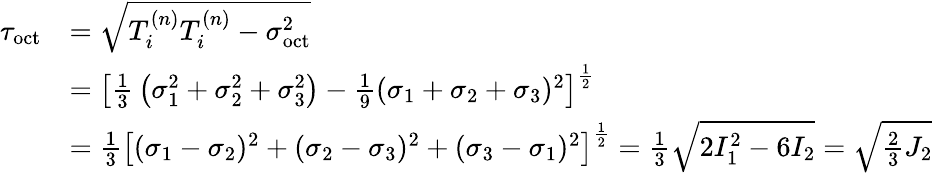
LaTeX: {\begin{array}{rl}{\tau_{\mathrm{oct}}}&{={\sqrt{T_{i}^{(n)}T_{i}^{(n)}-\sigma_{\mathrm{oct}}^{2}}}}\\ &{=\left[{\frac{1}{3}}\left(\sigma_{1}^{2}+\sigma_{2}^{2}+\sigma_{3}^{2}\right)-{\frac{1}{9}}(\sigma_{1}+\sigma_{2}+\sigma_{3})^{2}\right]^{\frac{1}{2}}}\\ &{={\frac{1}{3}}\left[(\sigma_{1}-\sigma_{2})^{2}+(\sigma_{2}-\sigma_{3})^{2}+(\sigma_{3}-\sigma_{1})^{2}\right]^{\frac{1}{2}}={\frac{1}{3}}{\sqrt{2I_{1}^{2}-6I_{2}}}={\sqrt{{\frac{2}{3}}J_{2}}}}\end{array}}